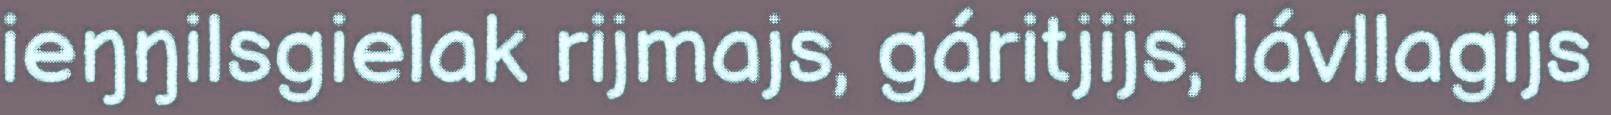
ieŋŋilsgielak rijmajs, gáritjijs, lávllagijs